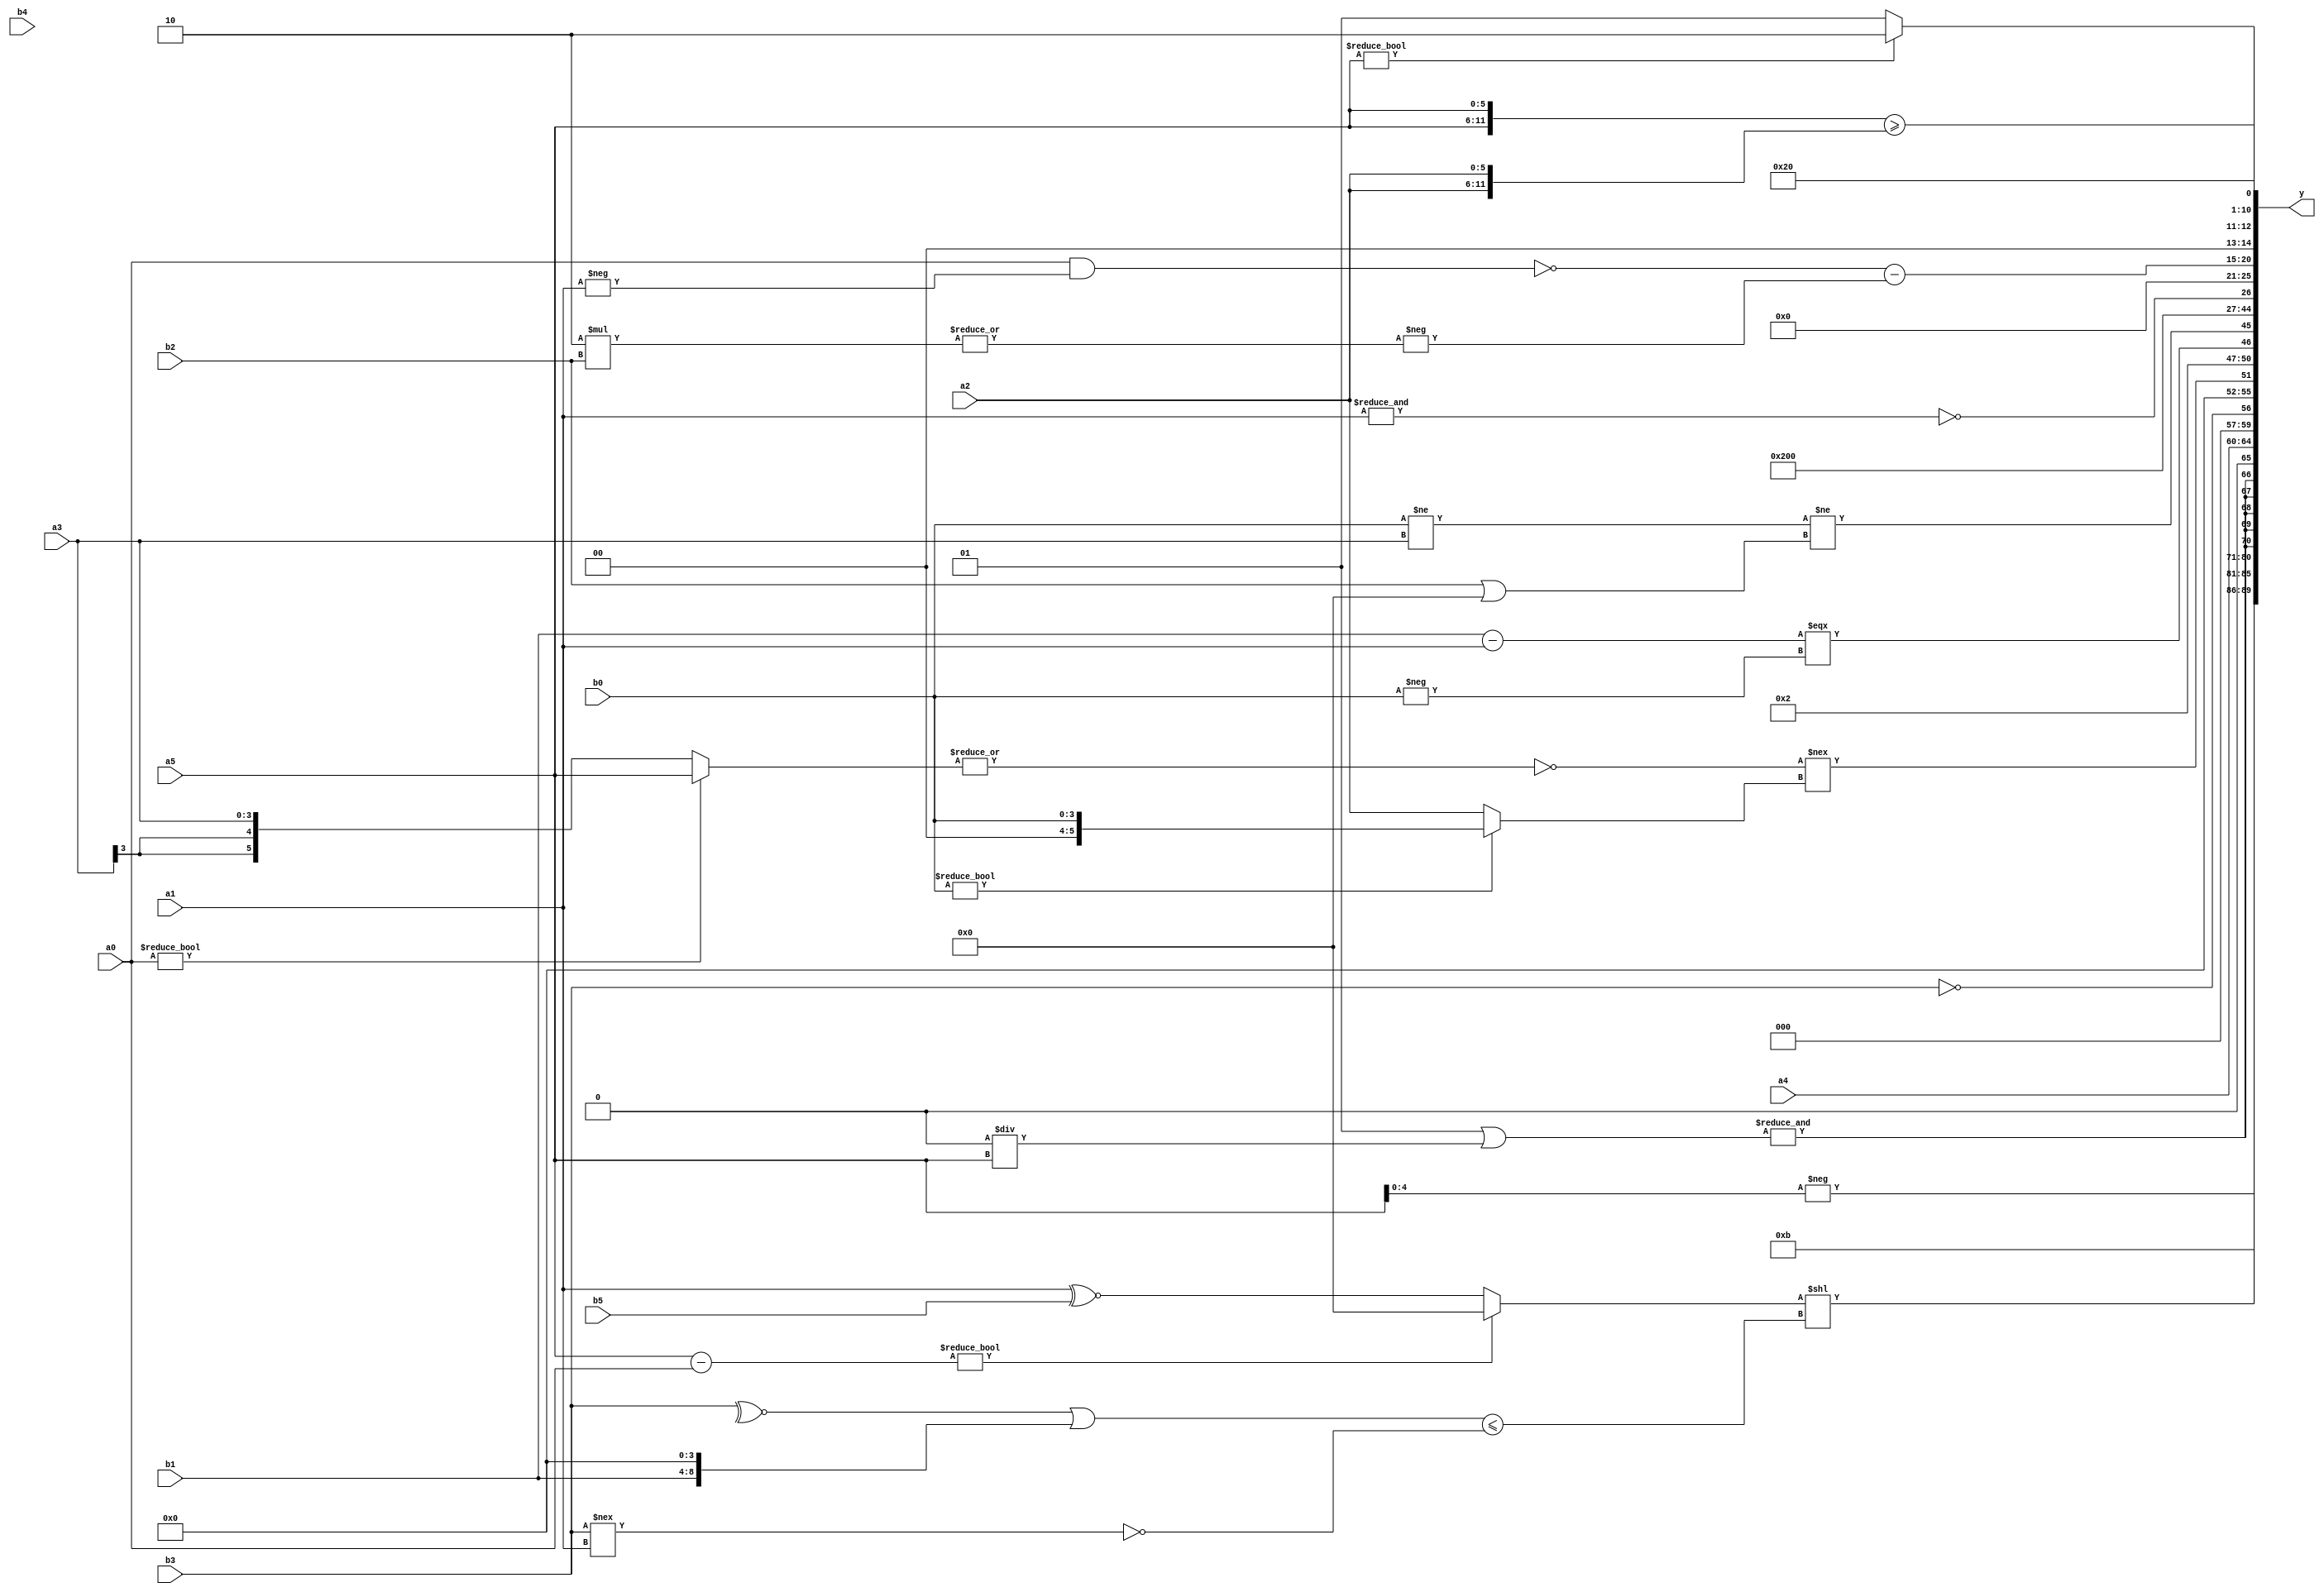
module expression_00882(a0, a1, a2, a3, a4, a5, b0, b1, b2, b3, b4, b5, y);
  input [3:0] a0;
  input [4:0] a1;
  input [5:0] a2;
  input signed [3:0] a3;
  input signed [4:0] a4;
  input signed [5:0] a5;

  input [3:0] b0;
  input [4:0] b1;
  input [5:0] b2;
  input signed [3:0] b3;
  input signed [4:0] b4;
  input signed [5:0] b5;

  wire [3:0] y0;
  wire [4:0] y1;
  wire [5:0] y2;
  wire signed [3:0] y3;
  wire signed [4:0] y4;
  wire signed [5:0] y5;
  wire [3:0] y6;
  wire [4:0] y7;
  wire [5:0] y8;
  wire signed [3:0] y9;
  wire signed [4:0] y10;
  wire signed [5:0] y11;
  wire [3:0] y12;
  wire [4:0] y13;
  wire [5:0] y14;
  wire signed [3:0] y15;
  wire signed [4:0] y16;
  wire signed [5:0] y17;

  output [89:0] y;
  assign y = {y0,y1,y2,y3,y4,y5,y6,y7,y8,y9,y10,y11,y12,y13,y14,y15,y16,y17};

  localparam [3:0] p0 = (!(-3'sd1));
  localparam [4:0] p1 = ((-2'sd0)?(2'd0):(4'd8));
  localparam [5:0] p2 = (&(~&(+(5'sd5))));
  localparam signed [3:0] p3 = (~|(!(^(~&(~|(5'd18))))));
  localparam signed [4:0] p4 = (!(((4'sd2)>(-4'sd4))*(~^(~&(-2'sd0)))));
  localparam signed [5:0] p5 = {((4'd8)?(-2'sd0):(4'd7))};
  localparam [3:0] p6 = ((~^(5'sd6))<=(~&(3'd4)));
  localparam [4:0] p7 = (((4'd2 * (4'd7))/(4'd1))>>(((4'sd1)+(4'd12))^~((2'd0)+(5'd13))));
  localparam [5:0] p8 = ((-(3'd6))?((-4'sd1)?(5'd6):(3'd7)):(|(4'sd7)));
  localparam signed [3:0] p9 = (|(((5'sd13)?(3'sd0):(5'sd14))?((3'sd0)?(-4'sd3):(3'd7)):((2'd0)?(2'sd0):(-4'sd4))));
  localparam signed [4:0] p10 = {1{{4{(4'd12)}}}};
  localparam signed [5:0] p11 = (-2'sd0);
  localparam [3:0] p12 = (+(5'd2 * {3{(4'd1)}}));
  localparam [4:0] p13 = (((4'sd3)<<(5'sd14))?((-5'sd8)?(3'sd3):(3'd0)):(4'd2 * (5'd18)));
  localparam [5:0] p14 = (&{2{(|{4{(2'd2)}})}});
  localparam signed [3:0] p15 = (|{3{(3'd0)}});
  localparam signed [4:0] p16 = (~|((!(3'd0))<<<(3'sd1)));
  localparam signed [5:0] p17 = {(~{(5'd22),(4'sd4),(4'sd7)}),{((-4'sd2)?(3'd1):(2'd0))},(~&(-((5'd18)==(-5'sd5))))};

  assign y0 = (((+(a5-a0))?(p7<<<p9):(a1^~b5))<<{(((~^b3)|{b1,p0})<=(~(b3!==a1)))});
  assign y1 = (-a5);
  assign y2 = {((p7>>p15)==(a5?p2:p2))};
  assign y3 = (((3'sd1)||(p1/p16))|(5'sd10));
  assign y4 = $signed((&((3'sd1)|((-5'sd0)/a5))));
  assign y5 = $unsigned($signed($unsigned((($signed($unsigned(($signed($unsigned(($signed($signed(a4)))))))))))));
  assign y6 = (&(!b3));
  assign y7 = (+((~|(a0?a5:a3))!==(b0?b0:a2)));
  assign y8 = {(-5'sd14),$unsigned($unsigned(((b1-a1)===(-b0)))),((b0!=a3)!=(b2||p11))};
  assign y9 = (~^(|p16));
  assign y10 = (2'd1);
  assign y11 = (3'd0);
  assign y12 = $unsigned((~&a1));
  assign y13 = (5'sd0);
  assign y14 = ((~^((b0?a0:a0)&&(-a1)))-(-(|(6'd2 * b2))));
  assign y15 = ({{1{a5}}}?(5'd2):{(p17?p6:p16)});
  assign y16 = (+(((2'sd0)^~(4'd2 * p6))<=(~{(|(p7))})));
  assign y17 = {(&{2{(^({2{a5}}>={a2,a2}))}})};
endmodule